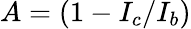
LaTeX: A=(1-{I_{c}}/{I_{b}})